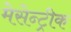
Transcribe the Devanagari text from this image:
मेसेन्ट्रीक